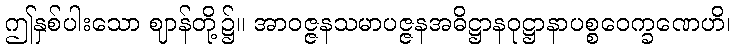
ဤနှစ်ပါးသော ဈာန်တို့၌။ အာဝဇ္ဇနသမာပဇ္ဇနအဓိဋ္ဌာနဝုဋ္ဌာနာပစ္စဝေက္ခဏေဟိ၊